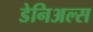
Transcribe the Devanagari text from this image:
डेनिअल्स